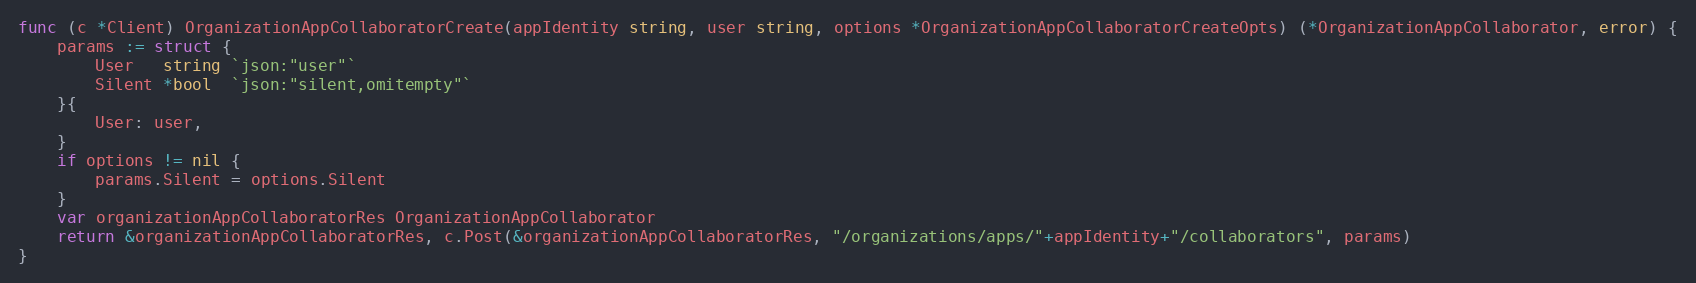
Language: Go
func (c *Client) OrganizationAppCollaboratorCreate(appIdentity string, user string, options *OrganizationAppCollaboratorCreateOpts) (*OrganizationAppCollaborator, error) {
	params := struct {
		User   string `json:"user"`
		Silent *bool  `json:"silent,omitempty"`
	}{
		User: user,
	}
	if options != nil {
		params.Silent = options.Silent
	}
	var organizationAppCollaboratorRes OrganizationAppCollaborator
	return &organizationAppCollaboratorRes, c.Post(&organizationAppCollaboratorRes, "/organizations/apps/"+appIdentity+"/collaborators", params)
}